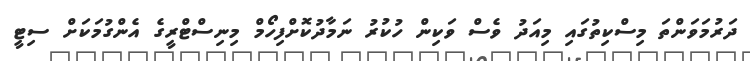
ދަރުމަވަންތަ މިސްކިތުގައި މިއަދު ވެސް ވަކިން ހުކުރު ނަމާދުކޮށްފިހޯމް މިނިސްޓްރީގެ އެންގުމަކަށް ސިޓީ